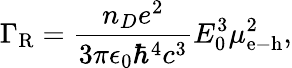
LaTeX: \Gamma_{\mathrm{R}}=\frac{n_{D}e^{2}}{3\pi\epsilon_{0}\hbar^{4}c^{3}}E_{0}^{3}\mu_{\mathrm{e}-\mathrm{h}}^{2},